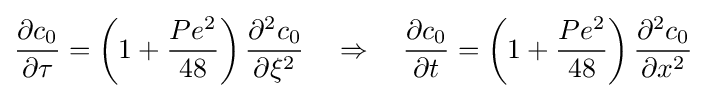
{\frac {\partial c_{0}}{\partial \tau }}=\left(1+{\frac {Pe^{2}}{48}}\right){\frac {\partial ^{2}c_{0}}{\partial \xi ^{2}}}\quad \Rightarrow \quad {\frac {\partial c_{0}}{\partial t}}=\left(1+{\frac {Pe^{2}}{48}}\right){\frac {\partial ^{2}c_{0}}{\partial x^{2}}}